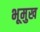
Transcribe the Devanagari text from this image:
भूमुख